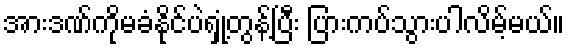
အားဒဏ်ကိုမခံနိုင်ပဲရှုံ့တွန့်ပြီး ပြားကပ်သွားပါလိမ့်မယ်။